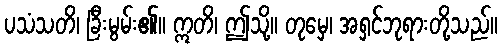
ပသံသတိ၊ ခြီးမွမ်း၏။ ဣတိ၊ ဤသို့။ တုမှေ၊ အရှင်ဘုရားတို့သည်။